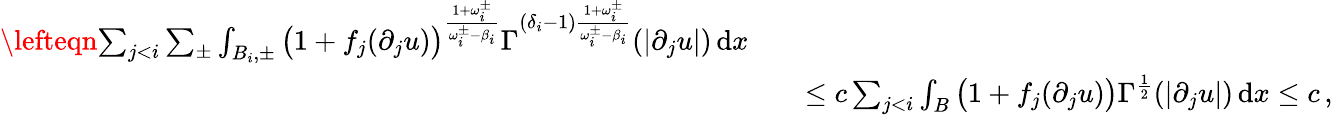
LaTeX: \begin{array}{rlr}{\lefteqn{\sum_{j<i}\sum_{\pm}\int_{B_{i},\pm}\big(1+f_{j}(\partial_{j}u)\big)^{\frac{1+\omega_{i}^{\pm}}{\omega_{i}^{\pm}-\beta_{i}}}\Gamma^{(\delta_{i}-1)\frac{1+\omega_{i}^{\pm}}{\omega_{i}^{\pm}-\beta_{i}}}(|\partial_{j}u|)\, \mathrm{d}x}}\\ &{}&{\leq c\sum_{j<i}\int_{B}\big(1+f_{j}(\partial_{j}u)\big)\Gamma^{\frac{1}{2}}(|\partial_{j}u|)\, \mathrm{d}x\leq c\, ,}\end{array}